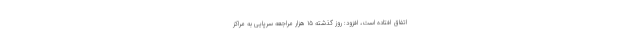
اتفاق افتاده است، افزود: روز گذشته ۱۵ هزار مراجعه سرپایی به مراکز